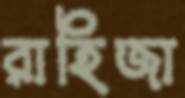
রাহিজা